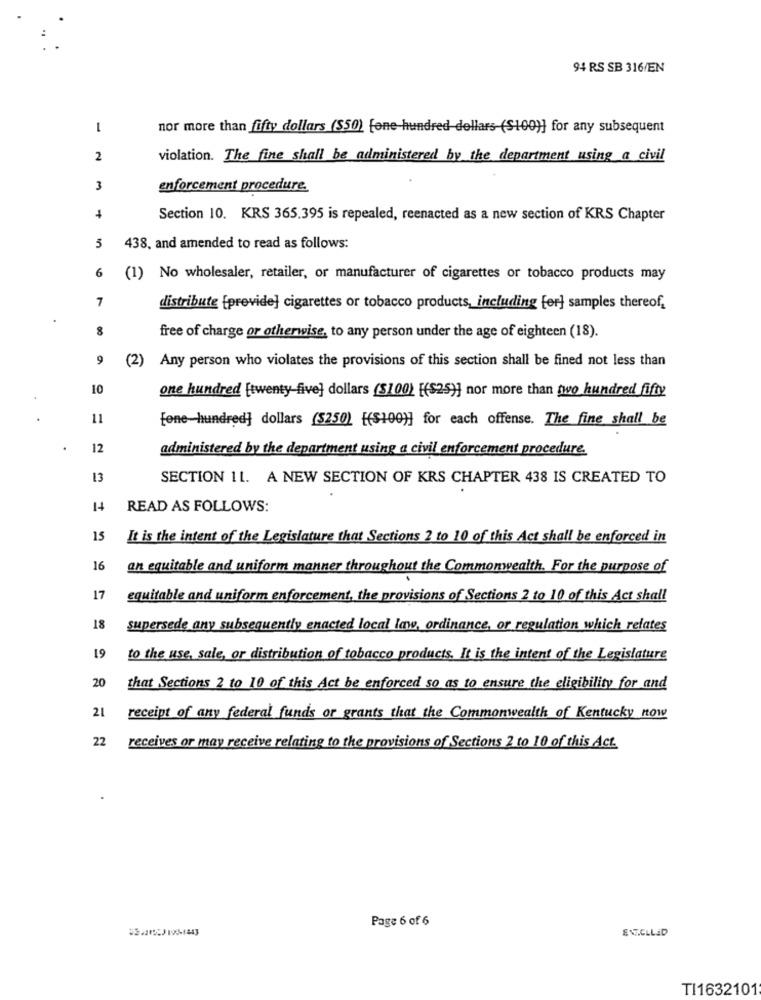
94 RS SB 316/EN
1
nor more than fifty dollars ($50) fone hundred dollars ($100)] for any subsequent
2
violation. The fine shall be administered by the department using a civil
3
enforcement procedure.
Section 10. KRS 365.395 is repealed, reenacted as a new section of KRS Chapter
5
438, and amended to read as follows:
6
(1) No wholesaler, retailer, or manufacturer of cigarettes or tobacco products may
7
distribute {previde] cigarettes or tobacco products, including [er] samples thereof,
8
free of charge or otherwise, to any person under the age of eighteen (18).
9
(2) Any person who violates the provisions of this section shall be fined not less than
10
one hundred [twenty five] dollars ($100) [($25)] nor more than two hundred fifty
11
[one hundred] dollars ($250) {($100)] for each offense. The fine shall be
12
administered by the department using a civil enforcement procedure.
13
SECTION 11. A NEW SECTION OF KRS CHAPTER 438 IS CREATED TO
READ AS FOLLOWS:
15
It is the intent of the Legislature that Sections 2 to 10 of this Act shall be enforced in
16
an equitable and uniform manner throughout the Commonwealth. For the purpose of
17
equitable and uniform enforcement, the provisions of Sections 2 to 10 of this Act shall
18
supersede any subsequently enacted local law, ordinance, or regulation which relates
61
to the use, sale, or distribution of tobacco products. It is the intent of the Legislature
20
that Sections 2 to 10 of this Act be enforced so as to ensure the eligibility for and
21
receipt of any federal funds or grants that the Commonwealth of Kentucky now
22
receives or may receive relating to the provisions of Sections 2 to 10 of this Act.
Page 6 of 6
ENCLLED
TI1632101